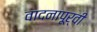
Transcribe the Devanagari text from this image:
वादनापूर्वी